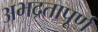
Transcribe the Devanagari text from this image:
अभद्रतापूर्ण